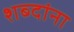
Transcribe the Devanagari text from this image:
शब्‍दांना